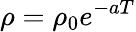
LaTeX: \rho=\rho_{0}e^{-aT}